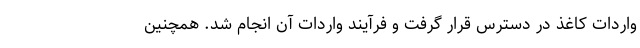
واردات کاغذ در دسترس قرار گرفت و فرآیند واردات آن انجام شد. همچنین